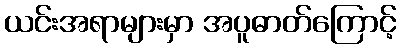
ယင်းအရာများမှာ အပူဓာတ်ကြောင့်